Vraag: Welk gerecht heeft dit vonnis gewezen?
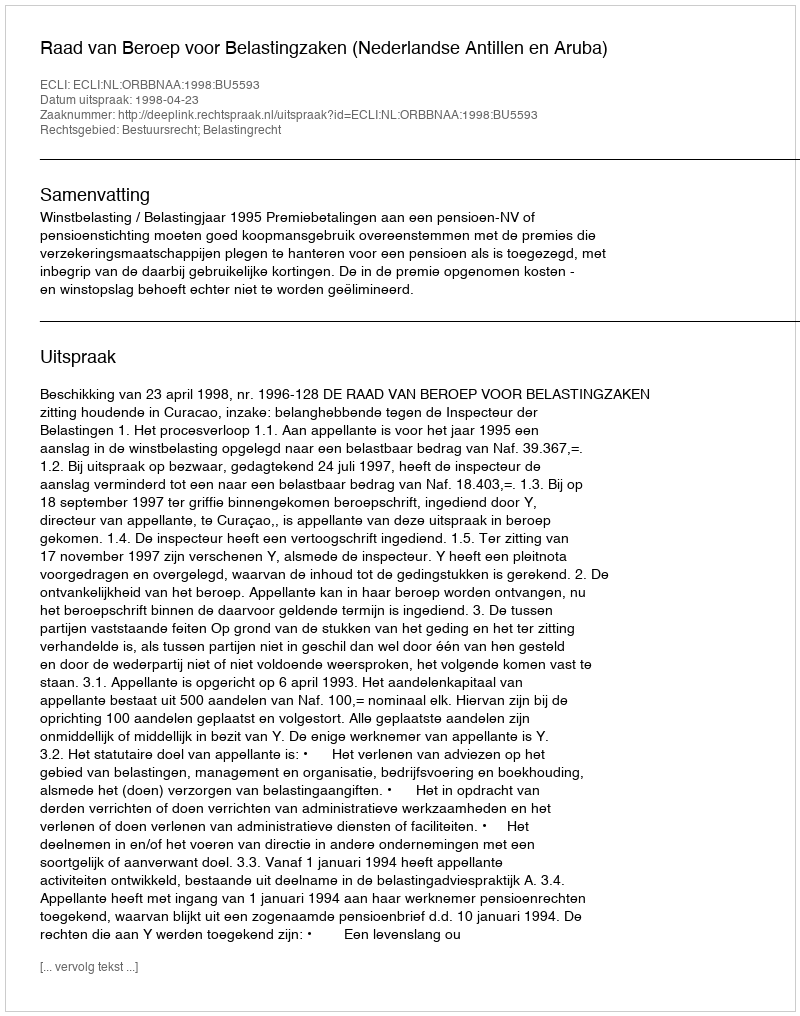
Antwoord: Raad van Beroep voor Belastingzaken (Nederlandse Antillen en Aruba)